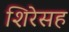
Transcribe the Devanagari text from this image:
शिरेसह